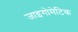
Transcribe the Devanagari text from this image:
जाइगोमेटिक